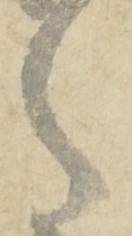
之